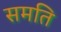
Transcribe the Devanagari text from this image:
समति